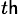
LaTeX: ^{t\mathsf{h}}